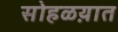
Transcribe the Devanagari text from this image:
सोहळय़ात